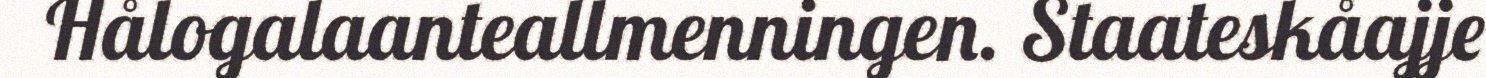
Hålogalaanteallmenningen. Staateskåajje